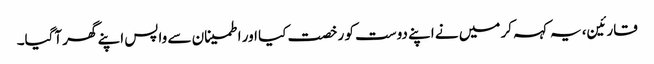
قارئین، یہ کہہ کر میں نے اپنے دوست کو رخصت کیا اور اطمینان سے واپس اپنے گھر آگیا۔